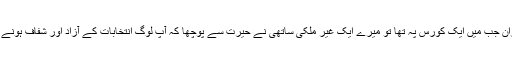
پاکستان میں انتخابات کے دوران جب میں ایک کورس پہ تھا تو میرے ایک غیر ملکی ساتھی نے حیرت سے پوچھا کہ آپ لوگ انتخابات کے آزاد اور شفاف ہونے کا اتنا چرچہ کیوں کرتے ہیں۔